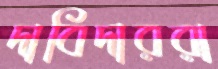
দাবিদাররা